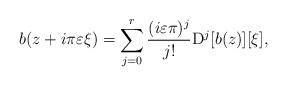
LaTeX: \begin{align*}b(z+i\pi\varepsilon \xi)=\sum_{j=0}^{r}\frac{(i\varepsilon\pi)^{j}}{j!}\mathrm{D}^{j}[b(z)][\xi],\end{align*}